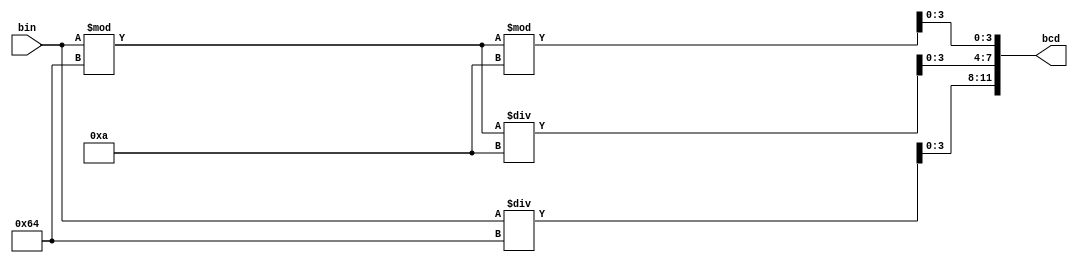
module bin2bcd(
        input [7:0] bin,
        output [11:0] bcd
    );    
    assign bcd[11:8] = bin / 8'd100;
    assign bcd[7:4]  = (bin % 8'd100) / 8'd10;
    assign bcd[3:0]  = (bin % 8'd100) % 8'd10;     
endmodule